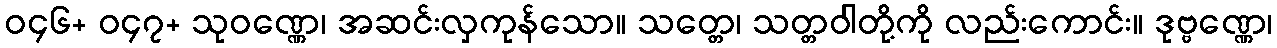
ဝ၄၆+ ဝ၄၇+ သုဝဏ္ဏေ၊ အဆင်းလှကုန်သော။ သတ္တေ၊ သတ္တဝါတို့ကို လည်းကောင်း။ ဒုဗ္ဗဏ္ဏေ၊